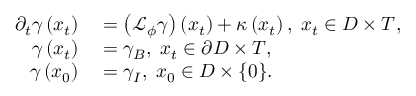
\begin{array} { r l } { \partial _ { t } \gamma \left( x _ { t } \right) } & { { } = \left( \mathcal { L } _ { \phi } \gamma \right) \left( x _ { t } \right) + \kappa \left( x _ { t } \right) , \; x _ { t } \in D \times T , } \\ { \gamma \left( x _ { t } \right) } & { { } = \gamma _ { B } , \; x _ { t } \in \partial D \times T , } \\ { \gamma \left( x _ { 0 } \right) } & { { } = \gamma _ { I } , \; x _ { 0 } \in D \times \{ 0 \} . } \end{array}